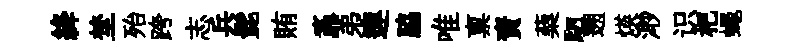
絳埜殆跨志兵髭賄鼒弟連脇唯禀資蔾駟遡煐𣺌识杷蠅